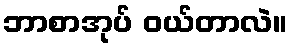
ဘာစာအုပ် ဝယ်တာလဲ။